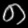
Digit: ၈